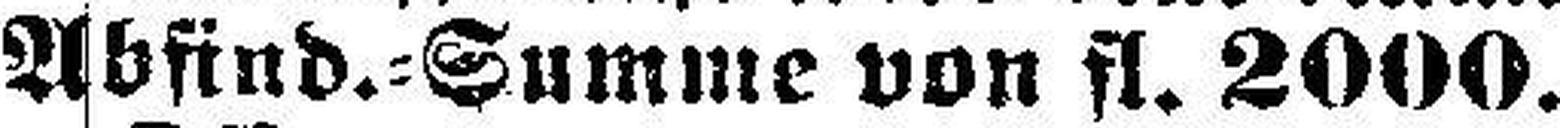
Abfind.=Summe von fl. 2000.